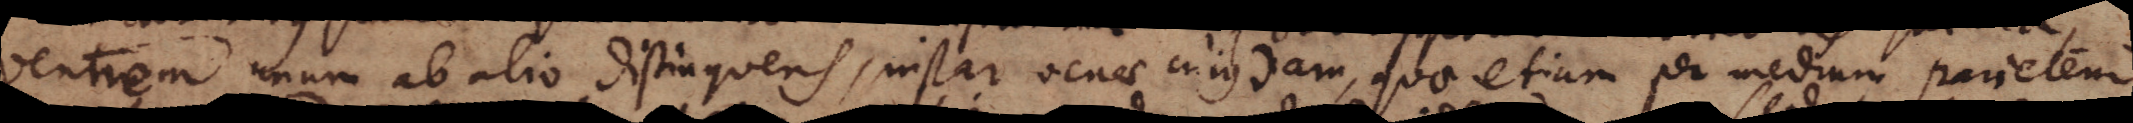
ventrem unum ab alio distinguens, instar venae cujusdam, quae etiam per medium parietem